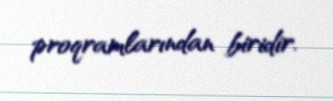
proqramlarından biridir.